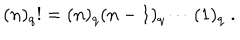
( n ) _ { q } ! = ( n ) _ { q } ( n - 1 ) _ { q } \cdots ( 1 ) _ { q } \; .